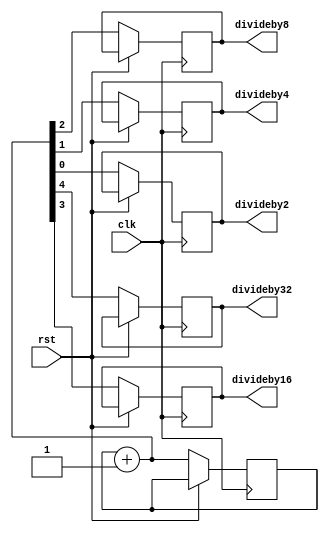
`timescale 1ns / 1ps
//////////////////////////////////////////////////////////////////////////////////
// Company: 
// Engineer: 
// 
// Design Name: 
// Module Name:    clock_divider 
// Project Name: 
// Target Devices: 
// Tool versions: 
// Description: 
//
// Dependencies: 
//
// Revision: 
// Revision 0.01 - File Created
// Additional Comments: 
//
//////////////////////////////////////////////////////////////////////////////////
module clock_divider(
    input clk,rst,
    output reg divideby2,divideby4,divideby8,divideby16,divideby32
    );
reg [4:0]d;

initial d=0;

always@(posedge clk)
begin
if(rst==0)
begin
d=d+5'b00001;
divideby2=d[0];
divideby4=d[1];
divideby8=d[2]; 
divideby16=d[3];
divideby32=d[4];
 end
end
endmodule